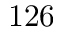
1 2 6